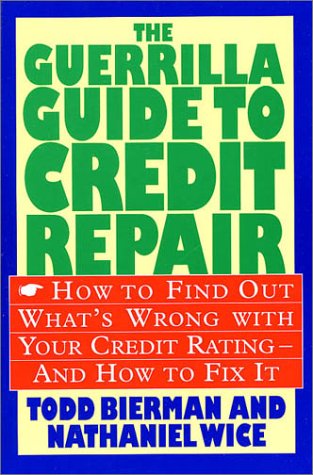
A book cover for The Guerrilla Guide to Credit Repair: How to Find out What's Wrong with Your Credit Rating and How to Fix It; Todd Bierman; Business & Money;